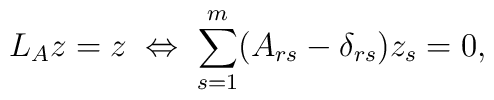
L_A z = z\; \Leftrightarrow\;\sum_{s=1}^m(A_{rs} - \delta_{rs}) z_s = 0   , \nonumber